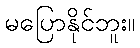
မပြောနိုင်ဘူး။